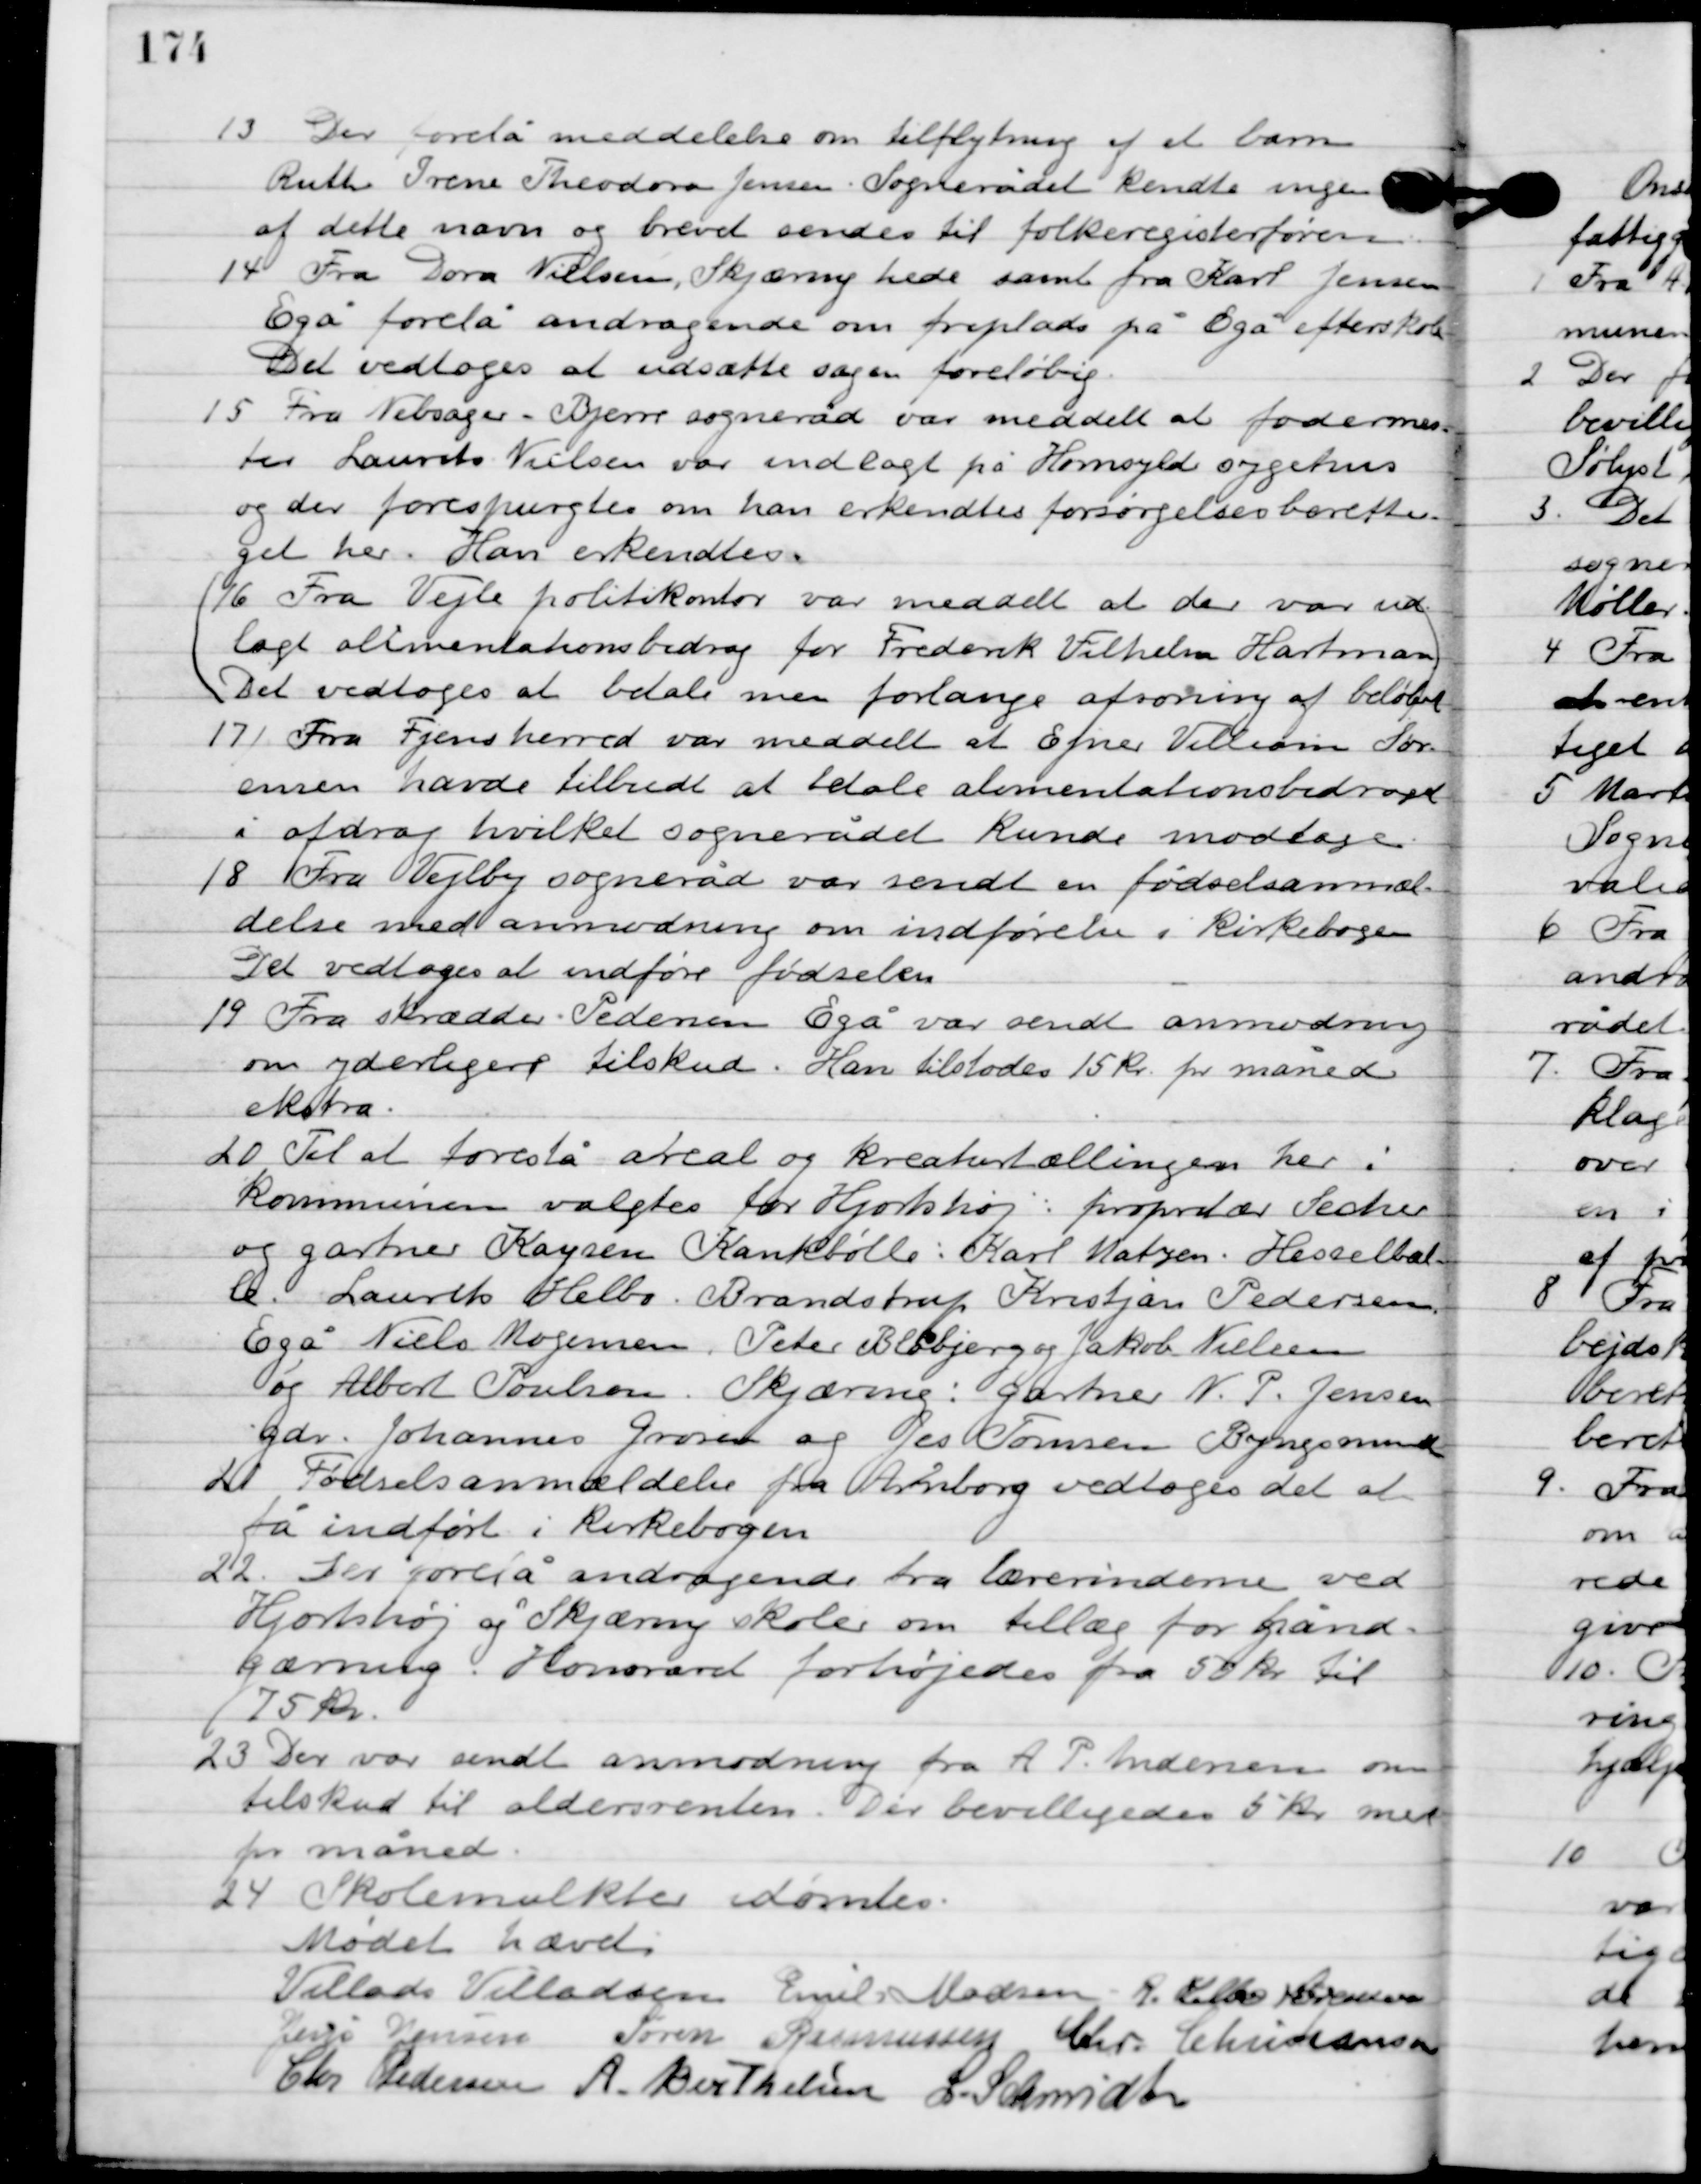
Transskription:
13

Der forelå meddelelse om tilflytning af et barn
Ruth Irene Theodora Jensen. Sognerådet kendte ingen
 af dette navn og brevet sendtes til folkeregisterføren.

14

Fra Dora Nielsen Skjæring hede samt fra Karl Jensen
Egå forelå andragende om friplads på Egå efterskole.
Det vedtoges at udsætte sagen foreløbig.

15

Fra Nebsager-Bjerre sogneråd var meddelt at fodermes-
ter Laurits Nielsen var indlagt på Hornsyld sygehus
og der forespurgtes om han erkendtes forsørgelsesberetti-
get her. Han erkendtes.

(16

Fra Vejle politikontor var meddelt at der var ud-
lagt alimentationsbidrag for Frederik Vilhelm Hartmann
Det vedtoges at betale men forlange afsoning af beløbet.)

17

Fra Fjens herred var meddelt at Ejnar Villiam Sør-
ensen havde tilbudt at betale alimentationsbidraget
i afdrag hvilket sognerådet kunde modtage.

18

Fra Vejlby sogneråd var sendt en fødselsanmæl-
delse med anmodning om indførelse i kirkebogen.
Det vedtoges at indføre fødselen.

19

Fra skrædder Pedersen Egå var sendt anmodning
om yderligere tilskud. Han tilstodes 15 kr. pr. måned
ekstra.

20

Til at forestå areal og kreaturtællingen her i
kommunen valgtes for Hjortshøj: proprietær Secher
og gartner Kaysen Kankbølle: Karl Matzen, Hesselbal-
le. Laurits Helbo. Brandstrup Kristjan Pedersen,
Egå Niels Mogensen. Peter Blåbjerg og Jakob Nielsen
og Albert Poulsen. Skjæring: gartner N.P. Jensen
gdr. Johannes Grosen og Jes Tomsen Byngsminde

21

Fødselsanmældelse fra Arnborg vedtoges det at
 få indført i kirkebogen.

22

Der forelå andragende fra lærerinderne ved
Hjortshøj og Skjæring skoler om tillæg for hånd-
gærning. honoraret forhøjedes fra 50 kr. til
 75 kr.

23

Der var sendt anmodning fra A.P. Andersen om
tilskud til aldersrenten. Det bevilligedes 5 kr. med
for måned.

24

Skolemulkter idømtes.

Mødet hævet.

Villads J. Villadsen
Emil Madsen
Jens Jensen
R. Helbo Sørensen
Søren Rasmussen
Chr. Kristiansen
Chr. Pedersen
A. Berthelsen
I. Schmidt